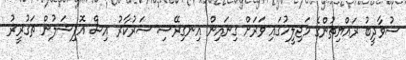
ސުވާދީބު ރައްޔިތުންގެ މަޖިލީހުގައި ވަރަށް ގިނައިން އިނގިރޭސި ސަރުކާރު އިސް އޮފިޝަލުން ތަގުރީރު